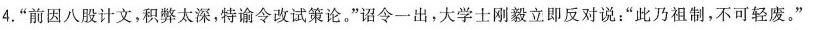
4.”前因八股计文，积弊太深，特谕令改试策论。”诏令-出，大学士刚毅立即反对说：”此乃祖制，不可轻废。”